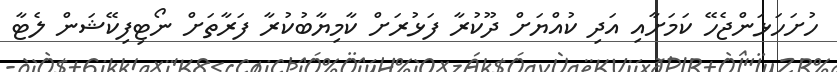
ހުށަހަޅަންޖެހޭ ކަމަށާއި އަދި ކުއްޔަށް ދޫކުރާ ފަޅުރަށް ކާމިޔާބުކުރާ ފަރާތަށް ނޯޓިފިކޭޝަން ލެޓާ